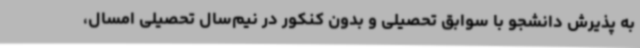
به پذیرش دانشجو با سوابق تحصیلی و بدون کنکور در نیم‌سال تحصیلی امسال،